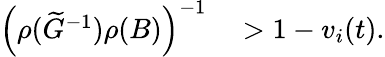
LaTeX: \begin{array}{rl}{\left(\rho(\widetilde G^{-1})\rho(B)\right)^{-1}}&{{}>1-v_{i}(t).}\end{array}